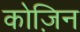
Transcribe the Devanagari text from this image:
कोज़िन